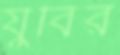
যুবির